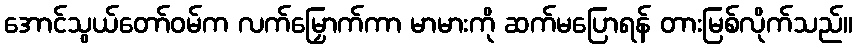
အောင်သွယ်တော်ဝမ်က လက်မြှောက်ကာ မာမားကို ဆက်မပြောရန် တားမြစ်လိုက်သည်။